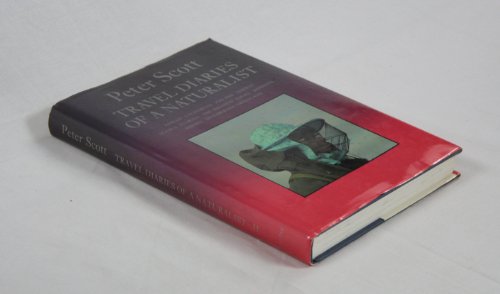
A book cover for Travel Diaries of a Naturalist, Vol. 2: Hawaii, California, Alaska, Florida, The Bahamas, Iceland, Norway, Spitzbergen, Greenland, Israel, Romania, Siberia; Peter Scott; Travel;